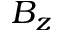
B _ { z }